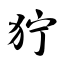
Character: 狞